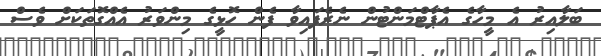
ބަލާއިރު އެ މީހާގެ އެޕާޓްމަންޓުން ނެރެފައިވާ ފެން ހޮޅީގެ މިންވަރު އެއްގޮތަކަށް ވެސް